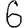
Digit: 6